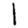
Digit: 1